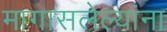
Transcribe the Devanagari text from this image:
मागासलेल्यांना